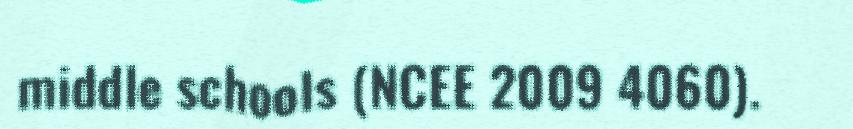
middle schools (NCEE 2009 4060).